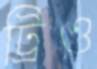
ট্রিও